Tartu_linnavalitsus, lk 18
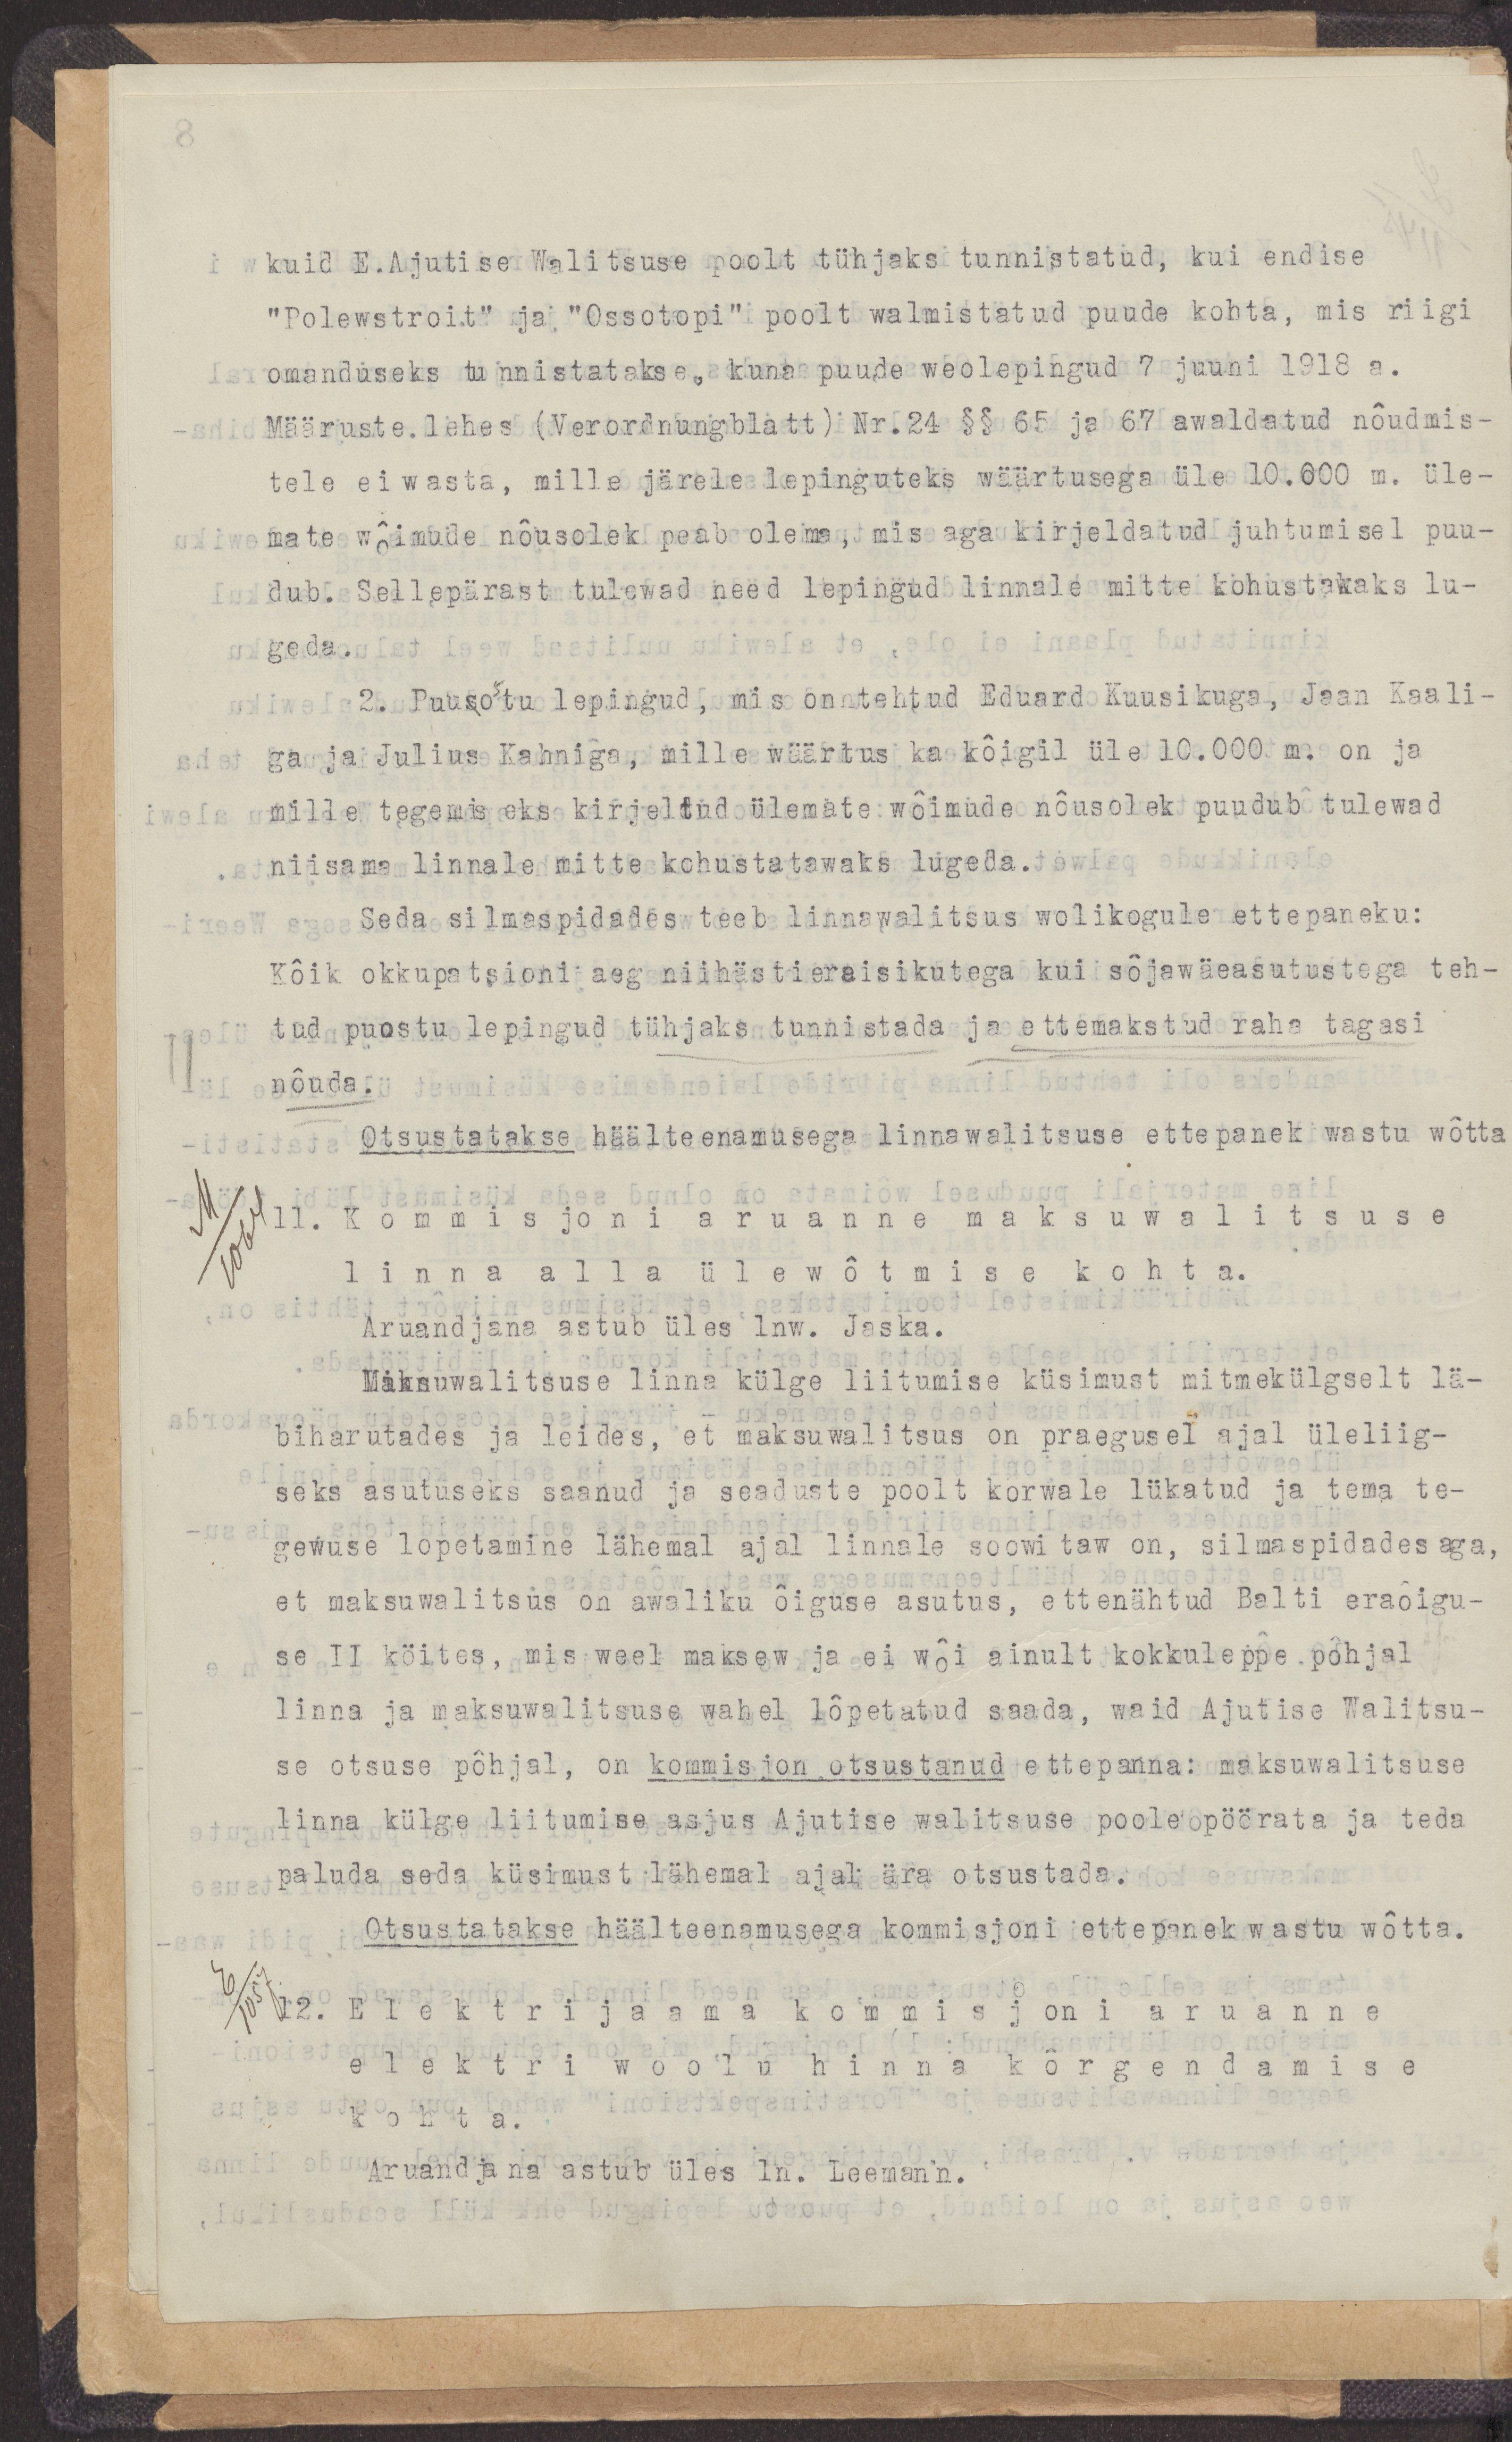
kuid E.Ajutise Walitsuse poolt tühjaks tunnistatud, kui endise
"Polewstroit" ja "Ossotopi" poolt walmistatud puude kohta, mis riigi
omanduseks tunnistatakse, kuna puude weolepingud 7 juuni 1918 a.
Määruste.lehes (Verordnungblatt) Nr.24 §§ 65 ja 67 awaldatud nõudmis-
tele ei wasta, mille järele lepinguteks wäärtusega üle 10.600 m. üle-
mate wõimude nõusolek peab olema, mis aga kirjeldatud juhtumisel puu-
dub. Sellepärast tulewad need lepingud linnale mite kohustawaks lu-
geda.
2. Puuostu lepingud, mis on tehtud Eduard Kuusikuga, Jaan Kaali-
ga ja Julius Kahniga, mille wäärtus ka kõigil üle 10.000 m. on ja
mille tegemiseks kirjeldatud ülemate wõimude nõusolek puudub tulewad
niisama linnale mitte kohustatawaks lugeda.
Seda silmaspidades teeb linnawalitsus wolikogule ettepaneku:
Kõik okkupatsioni aeg niihästi eraisikutega kui sõjawäeasutustega teh-
tud puostu lepingud tühjaks tunnistada ja ettemakstud raha tagasi
nõuda.
Otsustatakse häälteenamusega linnawalitsuse ettepanek wastu wõtta
11. Kommisjoni aruanne maksuwalitsuse
linna alla ülewõtmise kohta.
Aruandjana astub üles lnw. Jaska.
Maksuwalitsuse linna külge liitumise küsimust mitmekülgselt lä-
biharutades ja leides, et maksuwalitsus on praegusel ajal üleliig-
seks asutuseks saanud ja seaduste poolt kõrwale lükatud ja tema te-
gewuse lõpetamine lähemal ajal linnale soowitaw on, silmaspidades aga,
et maksuwalitsus on awaliku õiguse asutus, ettenähtud Balti eraõigu-
se II köites, mis weel maksew ja ei wõi ainult kokkuleppe põhjal
linna ja maksuwalitsuse wahel lõpetatud saada, waid Ajutise Walitsu-
se otsuse põhjal, on kommisjon otsustanud ettepanna: maksuwalitsuse
linna külge liitumise asjus Ajutise walitsuse poole pöörata ja teda
paluda seda küsimust lähemal ajal ära otsustada.
Otsustatakse häälteenamusega kommisjoni ettepanek wastu wõtta.
12. Elektrijaama kommisjoni aruanne
elektri woolu hinna kõrgendamise
kohta.
Aruandjana astub üles ln. Leemann.